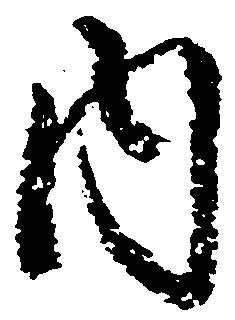
内